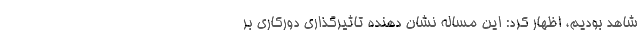
شاهد بودیم، اظهار کرد: این مساله نشان دهنده تاثیرگذاری دورکاری بر